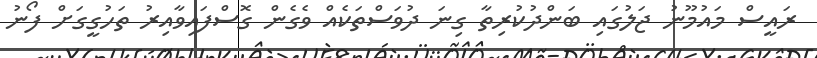
ރައީސް މައުމޫނު ޖަލުގައި ބަންދުކުރިތާ ގިނަ ދުވަސްތަކެއް ވެގެން ގޮސްފައިވާއިރު ތަހުގީގަށް ފޯނު